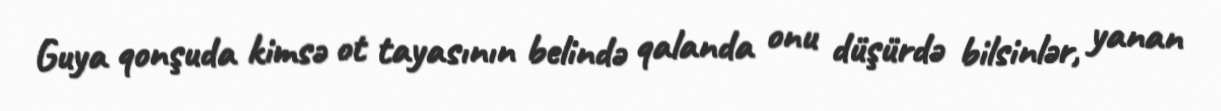
Guya qonşuda kimsə ot tayasının belində qalanda onu düşürdə bilsinlər, yanan